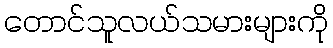
တောင်သူလယ်သမားများကို